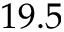
1 9 . 5